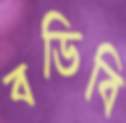
বডিবি